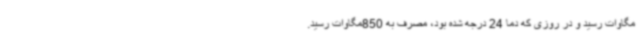
مگاوات رسید و در روزی که دما 24 درجه شده بود، مصرف به 850مگاوات رسید.